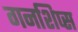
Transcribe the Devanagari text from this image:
गनशिप्स